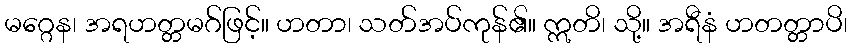
မဂ္ဂေန၊ အရဟတ္တမဂ်ဖြင့်။ ဟတာ၊ သတ်အပ်ကုန်၏။ ဣတိ၊ သို့။ အရီနံ ဟတတ္တာပိ၊